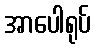
အာပေါရုပ်